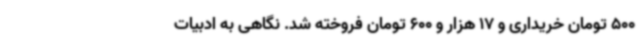
500 تومان خریداری و 17 هزار و 600 تومان فروخته شد. نگاهی به ادبیات